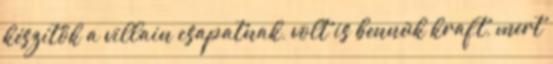
készítők a villain csapatnak, volt is bennük kraft, mert